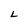
Character: L